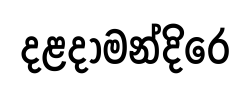
දළදාමන්දිරෙ